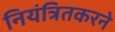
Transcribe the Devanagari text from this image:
नियंत्रितकरने